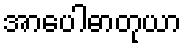
အာပေါဓာတုယာ